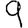
Digit: 9